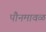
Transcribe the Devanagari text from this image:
पौनमावळ